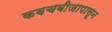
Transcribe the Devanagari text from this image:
कवचबीजापासून